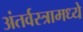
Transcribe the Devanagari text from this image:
अंतर्वस्त्रामध्ये